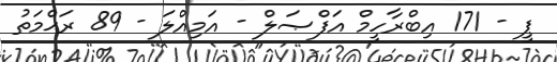
ޕީ - 171 އިބްރާހީމް އަފްޞަލް - އަމިއްލަ - 89 ރަޙްމަތު